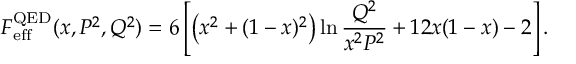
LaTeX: F _ { \mathrm { e f f } } ^ { \mathrm { Q E D } } ( x , P ^ { 2 } , Q ^ { 2 } ) = 6 \left[ \left( x ^ { 2 } + ( 1 - x ) ^ { 2 } \right) \ln \frac { Q ^ { 2 } } { x ^ { 2 } P ^ { 2 } } + 1 2 x ( 1 - x ) - 2 \right] .